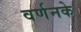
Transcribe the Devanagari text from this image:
वर्णनके